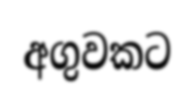
අගුවකට